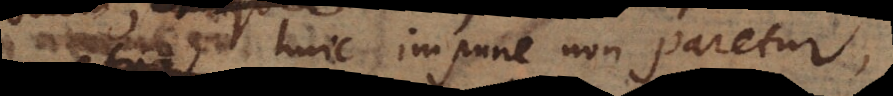
huic impune non paretur,